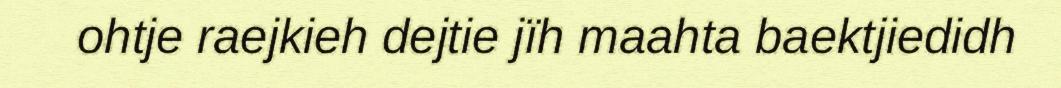
ohtje raejkieh dejtie jïh maahta baektjiedidh